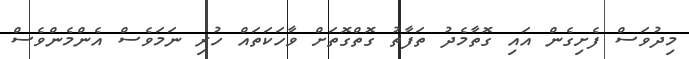
މިދުވަސް ފެށިގެން އައި ގޮތާމެދު ތަފާތު ގޮތްގޮތަށް ވާހަކަތައް ހުރި ނަމަވެސް އެންމެންވެސް